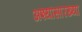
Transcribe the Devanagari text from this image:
अश्यांसारख्या